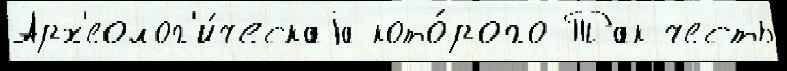
Арх'еолог'и́ческаjа кото́рого Так честь